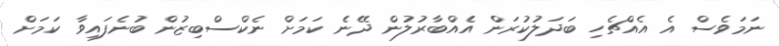
ނަމަވެސް އެ އެއްޗެހި ބަދަލުކުރަން އެއްބާރުލުން ދޭނެ ކަމަށް ނެކްސްބިޒުން ބުނެފައިވާ ކަމަށް